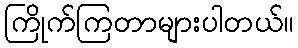
ကြိုက်ကြတာများပါတယ်။